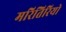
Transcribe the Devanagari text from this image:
मरितिरियो